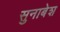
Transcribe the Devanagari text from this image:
सुनाबेश